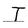
Character: I